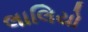
લાલિયો